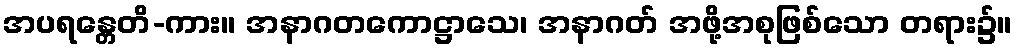
အပရန္တေတိ-ကား။ အနာဂတကောဋ္ဌာသေ၊ အနာဂတ် အဖို့အစုဖြစ်သော တရား၌။